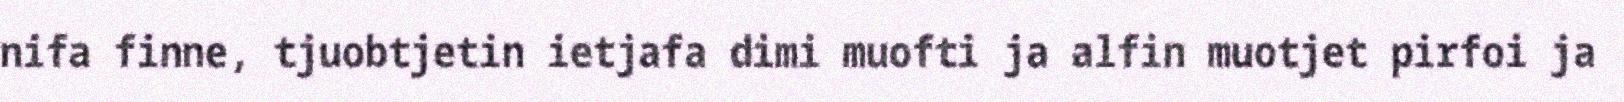
nifa finne, tjuobtjetin ietjafa dimi muofti ja alfin muotjet pirfoi ja